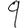
Digit: 9